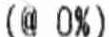
(@ 0%)